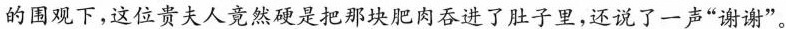
的围观下，这位贵夫人竟然硬是把那块肥肉吞进了肚子里，还说了一声”谢谢”。